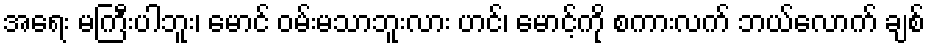
အရေး မကြီးပါဘူး၊ မောင် ဝမ်းမသာဘူးလား ဟင်၊ မောင့်ကို စကားလက် ဘယ်လောက် ချစ်